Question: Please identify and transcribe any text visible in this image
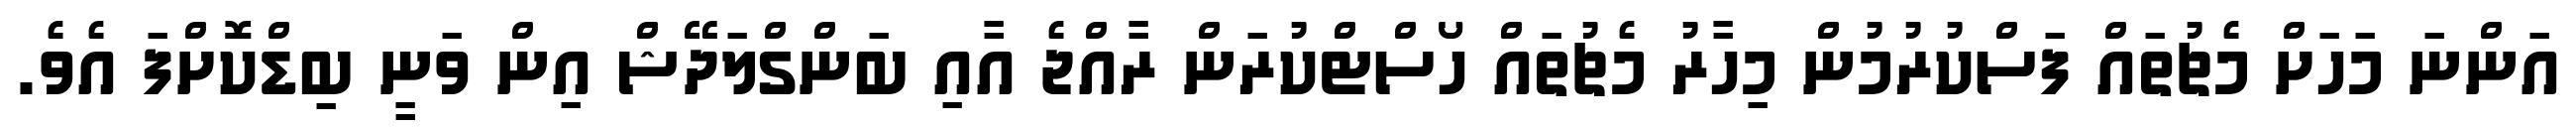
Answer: އަންނަ މަހަށް މެޗުތައް ފަސްކުރުމުން މިހާރު މެޗުތައް ހޯސްޓްކުރަން ރާއްޖެ އާއި ބަންގްލަދޭޝް އިން ވަނީ ބިޑްކޮށްފަ އެވެ.